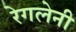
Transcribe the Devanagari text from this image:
रेगलेनी